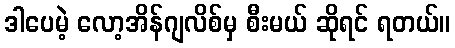
ဒါပေမဲ့ လော့အိန်ဂျလိစ်မှ စီးမယ် ဆိုရင် ရတယ်။